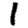
Digit: 1